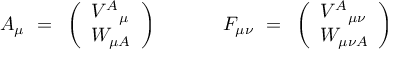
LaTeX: { \cal A } _ { \mu } ~ = ~ \left( \begin{array} { l } { { V ^ { A } { } _ { \mu } } } \\ { { W _ { \mu A } } } \end{array} \right) { } ~ ~ ~ ~ ~ ~ ~ ~ ~ ~ { \cal F } _ { \mu \nu } ~ = ~ \left( \begin{array} { l } { { V ^ { A } { } _ { \mu \nu } } } \\ { { W _ { \mu \nu A } } } \end{array} \right)